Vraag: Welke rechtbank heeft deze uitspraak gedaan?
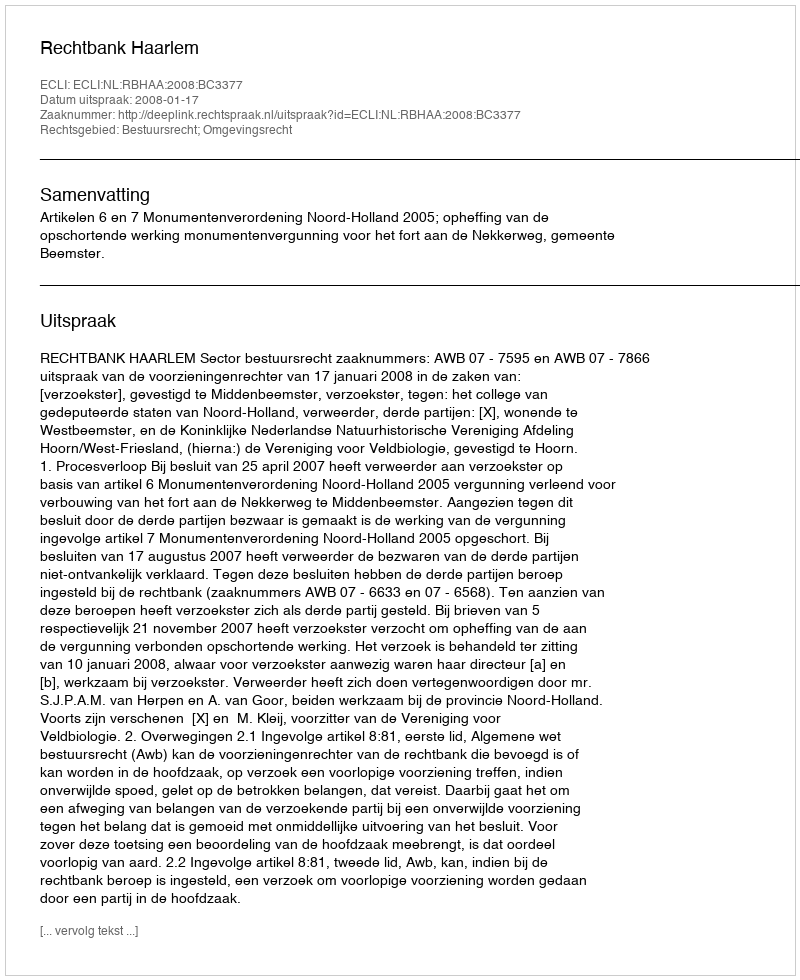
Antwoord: Rechtbank Haarlem